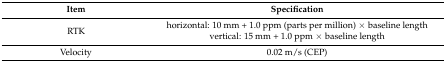
<table><thead><tr><td><b>Item</b></td><td><b>Specification</b></td></tr></thead><tbody><tr><td rowspan="2">RTK</td><td>horizontal: 10 mm + 1.0 ppm (parts per million) × baseline length</td></tr><tr><td>vertical: 15 mm + 1.0 ppm × baseline length</td></tr><tr><td>Velocity</td><td>0.02 m/s (CEP)</td></tr></tbody></table>